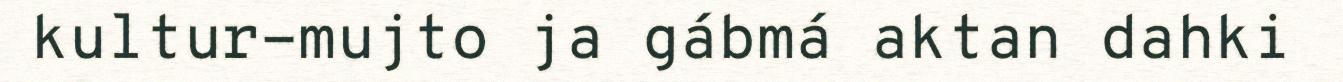
kultur-mujto ja gábmá aktan dahki